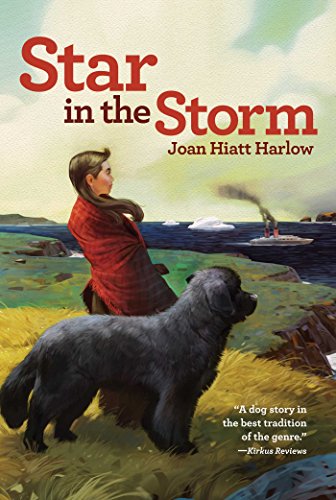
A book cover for Star in the Storm (Aladdin Historical Fiction); Joan Hiatt Harlow; Children's Books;